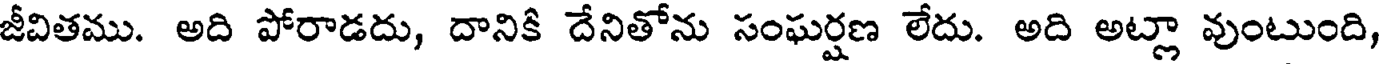
జీవితము. అది పోరాడదు, దానికి దేనితోను సంఘర్షణ లేదు. అది అట్లా వుంటుంది,